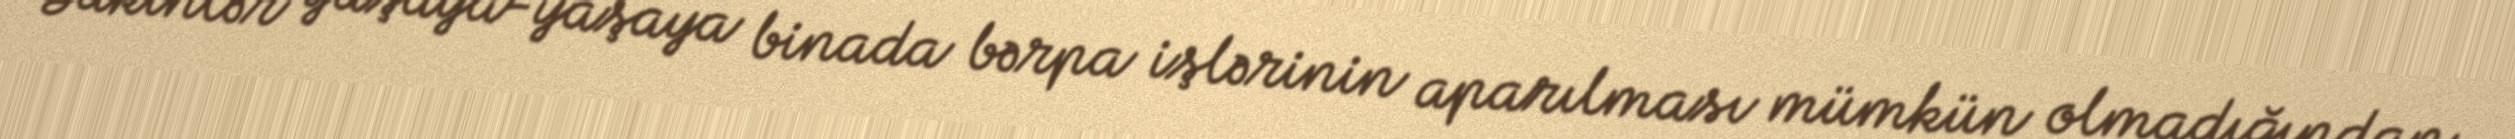
Sakinlər yaşaya-yaşaya binada bərpa işlərinin aparılması mümkün olmadığından